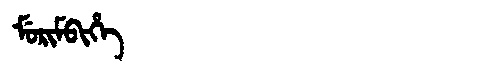
Manchu: ᠮᡠᡵᡳᠮᠪᡳᡥᡝ
Romanization: MURIMBIHE